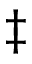
\ddagger